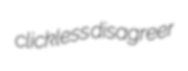
clickless disagreer